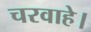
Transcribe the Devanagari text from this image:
चरवाहे।